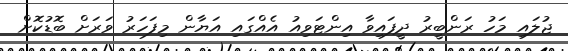
ޖުލައި މަހު ރަންބީރު ދީފައިވާ އިންޓަވިއު އެއްގައި އަޔާން މިފަހަރު ވަރަށް ބޮޑުކޮށް